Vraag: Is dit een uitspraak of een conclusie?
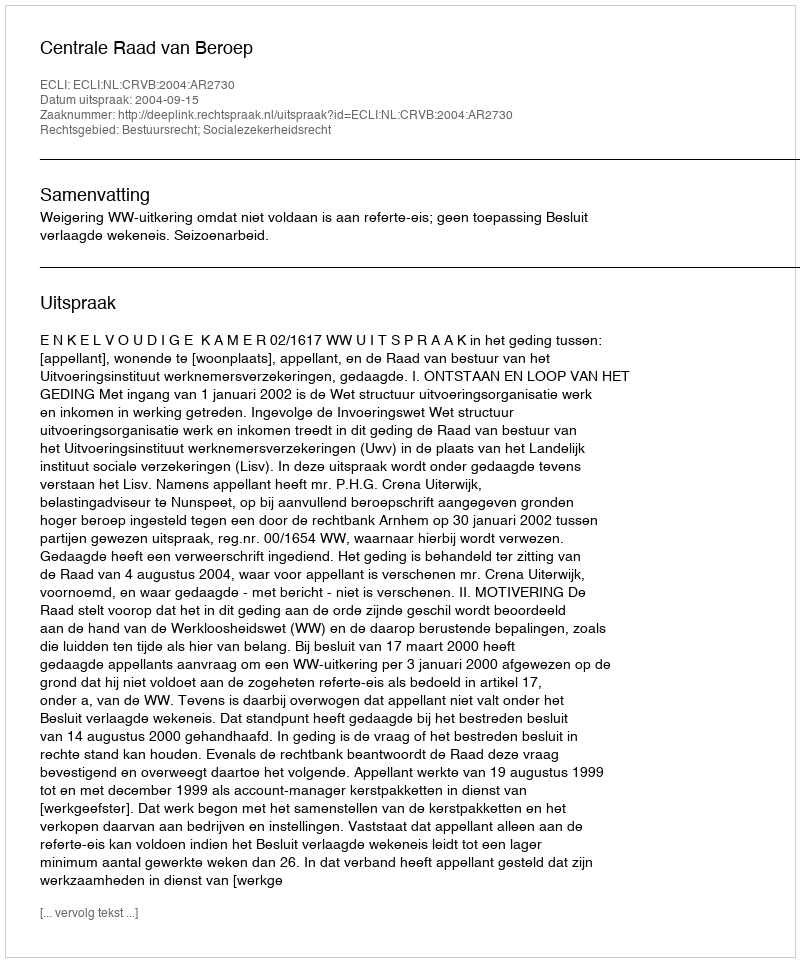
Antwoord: Uitspraak